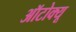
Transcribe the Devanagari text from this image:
ऑटोक्यू